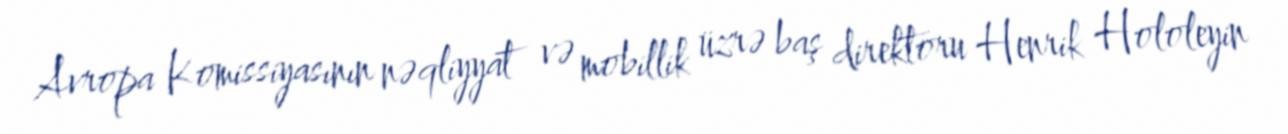
Avropa Komissiyasının nəqliyyat və mobillik üzrə baş direktoru Henrik Hololeyin